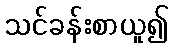
သင်ခန်းစာယူ၍